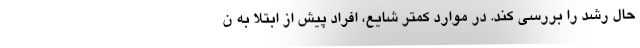
حال رشد را بررسی کند. در موارد کمتر شایع، افراد پیش از ابتلا به ن